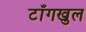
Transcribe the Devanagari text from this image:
टाँगखुल